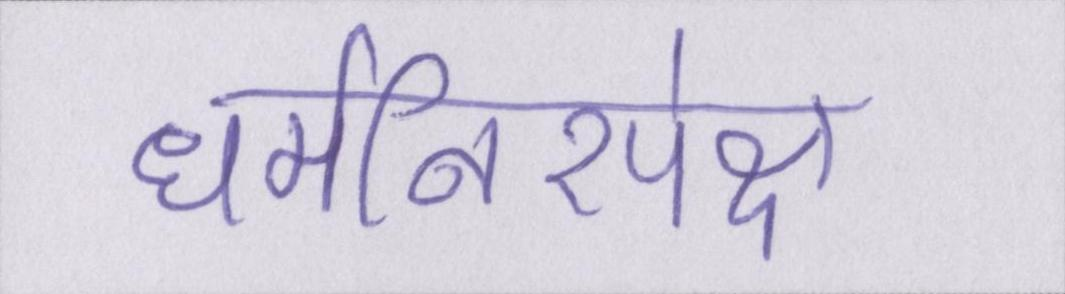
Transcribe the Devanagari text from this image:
धर्मनिरपेक्ष